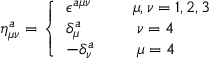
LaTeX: \eta _ { \mu \nu } ^ { a } = \left\{ \begin{array} { l l l } { { \epsilon ^ { a \mu \nu } \: } } & { { } } & { { \mu , \nu = 1 , 2 , 3 } } \\ { { \delta _ { \mu } ^ { a } \: } } & { { } } & { { \: \nu = 4 \: \: } } \\ { { - \delta _ { \nu } ^ { a } \: } } & { { } } & { { \: \mu = 4 \: \: } } \end{array} \right.